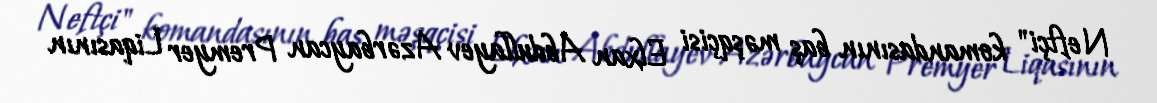
Neftçi" komandasının baş məşqçisi Elxan Abdullayev Azərbaycan Premyer Liqasının